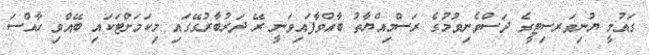
ގައުމީ ޔުނިވަރސިޓީގެ ދަސްވެނިވުމުގެ ރަސްމިއްޔާތު ބާއްވާފައިވަނީ ރޭ ދަރުބާރުގޭގައި މިކަމަށްޓަކައި ބޭއްވި ހާއްސަ